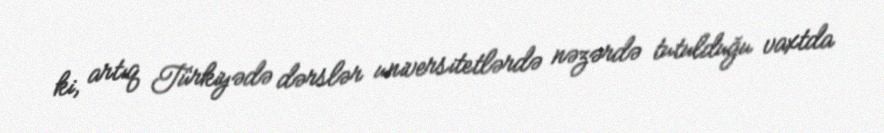
ki, artıq Türkiyədə dərslər universitetlərdə nəzərdə tutulduğu vaxtda